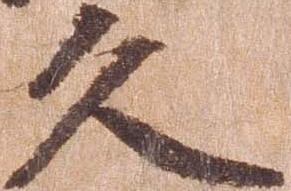
久